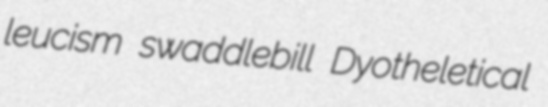
leucism swaddlebill Dyotheletical